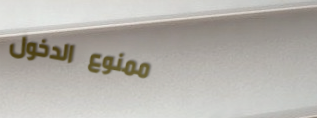
ممنوع الدخول